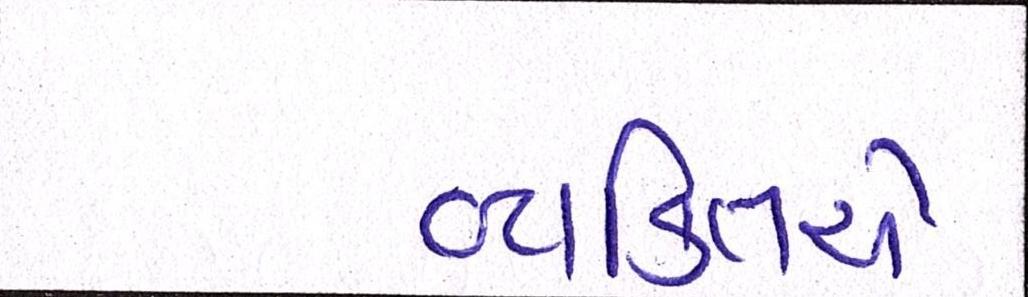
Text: વ્યકિતએ